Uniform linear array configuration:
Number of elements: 16
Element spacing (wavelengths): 0.75
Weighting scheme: kaiser
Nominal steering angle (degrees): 0
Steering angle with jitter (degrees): -0.6372
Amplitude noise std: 0.05
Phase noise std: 0.05

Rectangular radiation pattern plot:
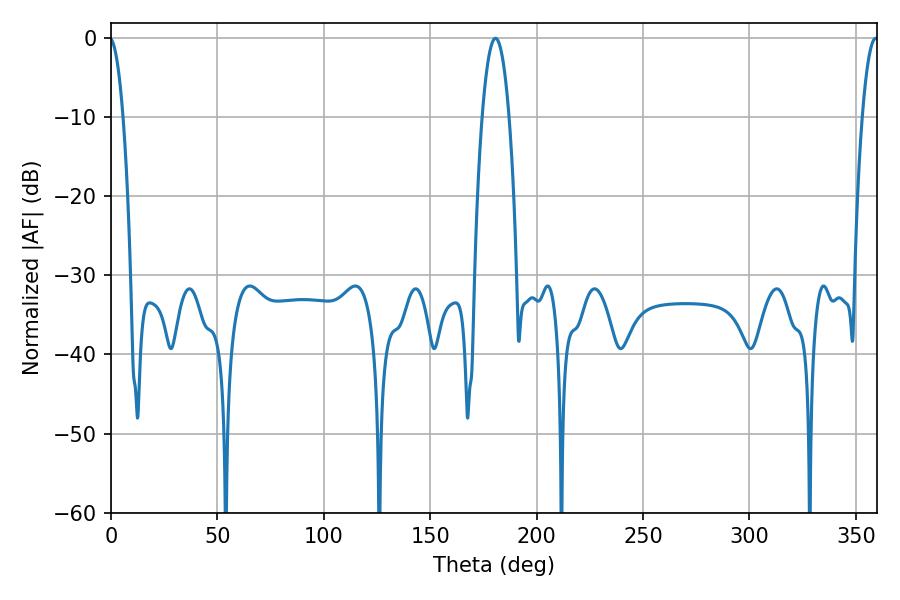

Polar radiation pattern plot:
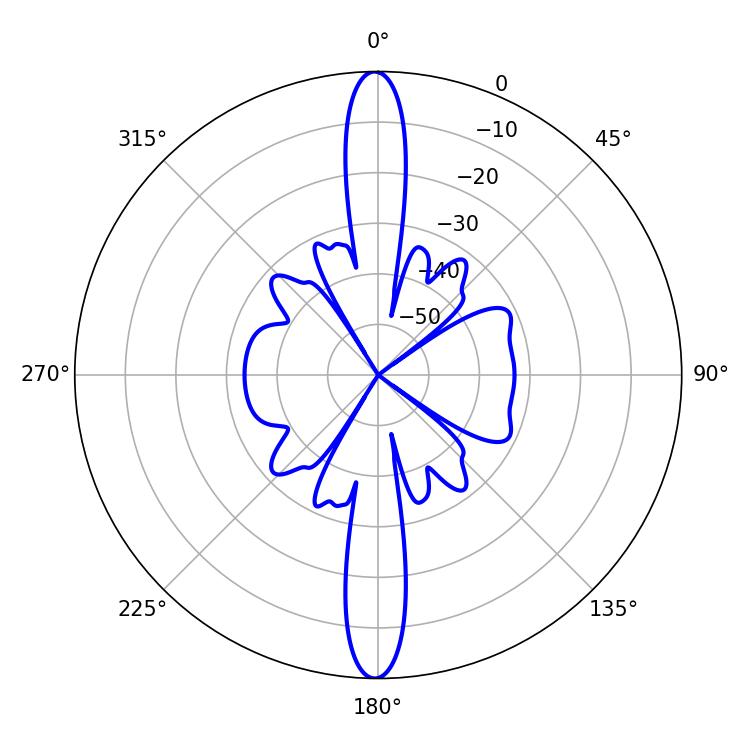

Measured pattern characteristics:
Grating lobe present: TRUE
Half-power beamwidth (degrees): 7.02
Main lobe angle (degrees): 180.72